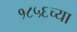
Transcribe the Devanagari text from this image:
१८५६च्या